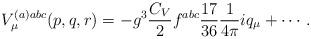
LaTeX: \begin{align*}V_\mu ^{(a)abc}(p,q,r)=-g^3\frac{C_V}2f^{abc}\frac{17}{36}\frac 1{4\pi}iq_\mu +\cdots \, . \end{align*}